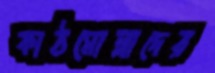
কাঠমোল্লাদের